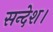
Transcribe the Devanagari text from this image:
सन्देश।